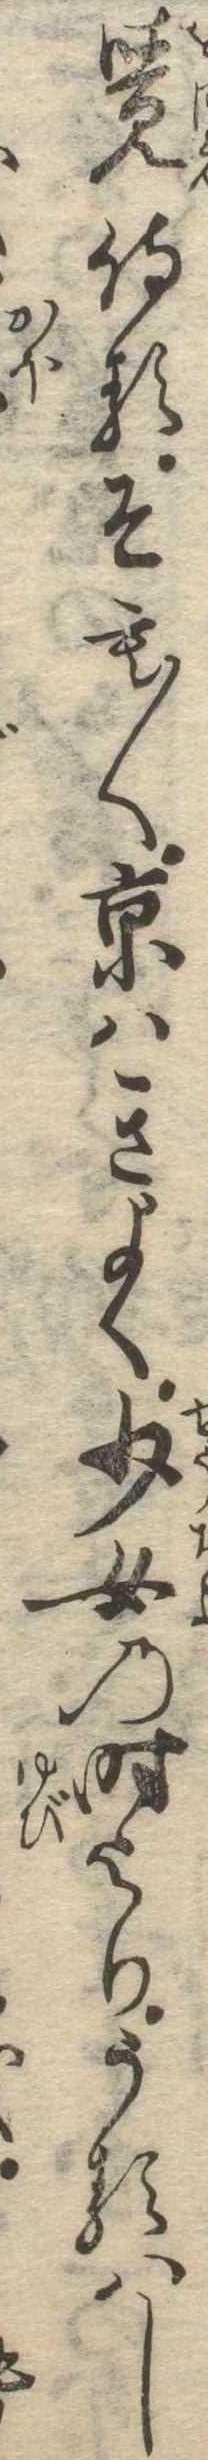
覚侍るそも〱京はきよく少女の時よりうるはし